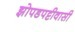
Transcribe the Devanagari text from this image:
झोपडपट्टीवासी